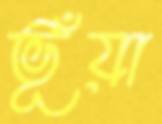
ভূঁয়া